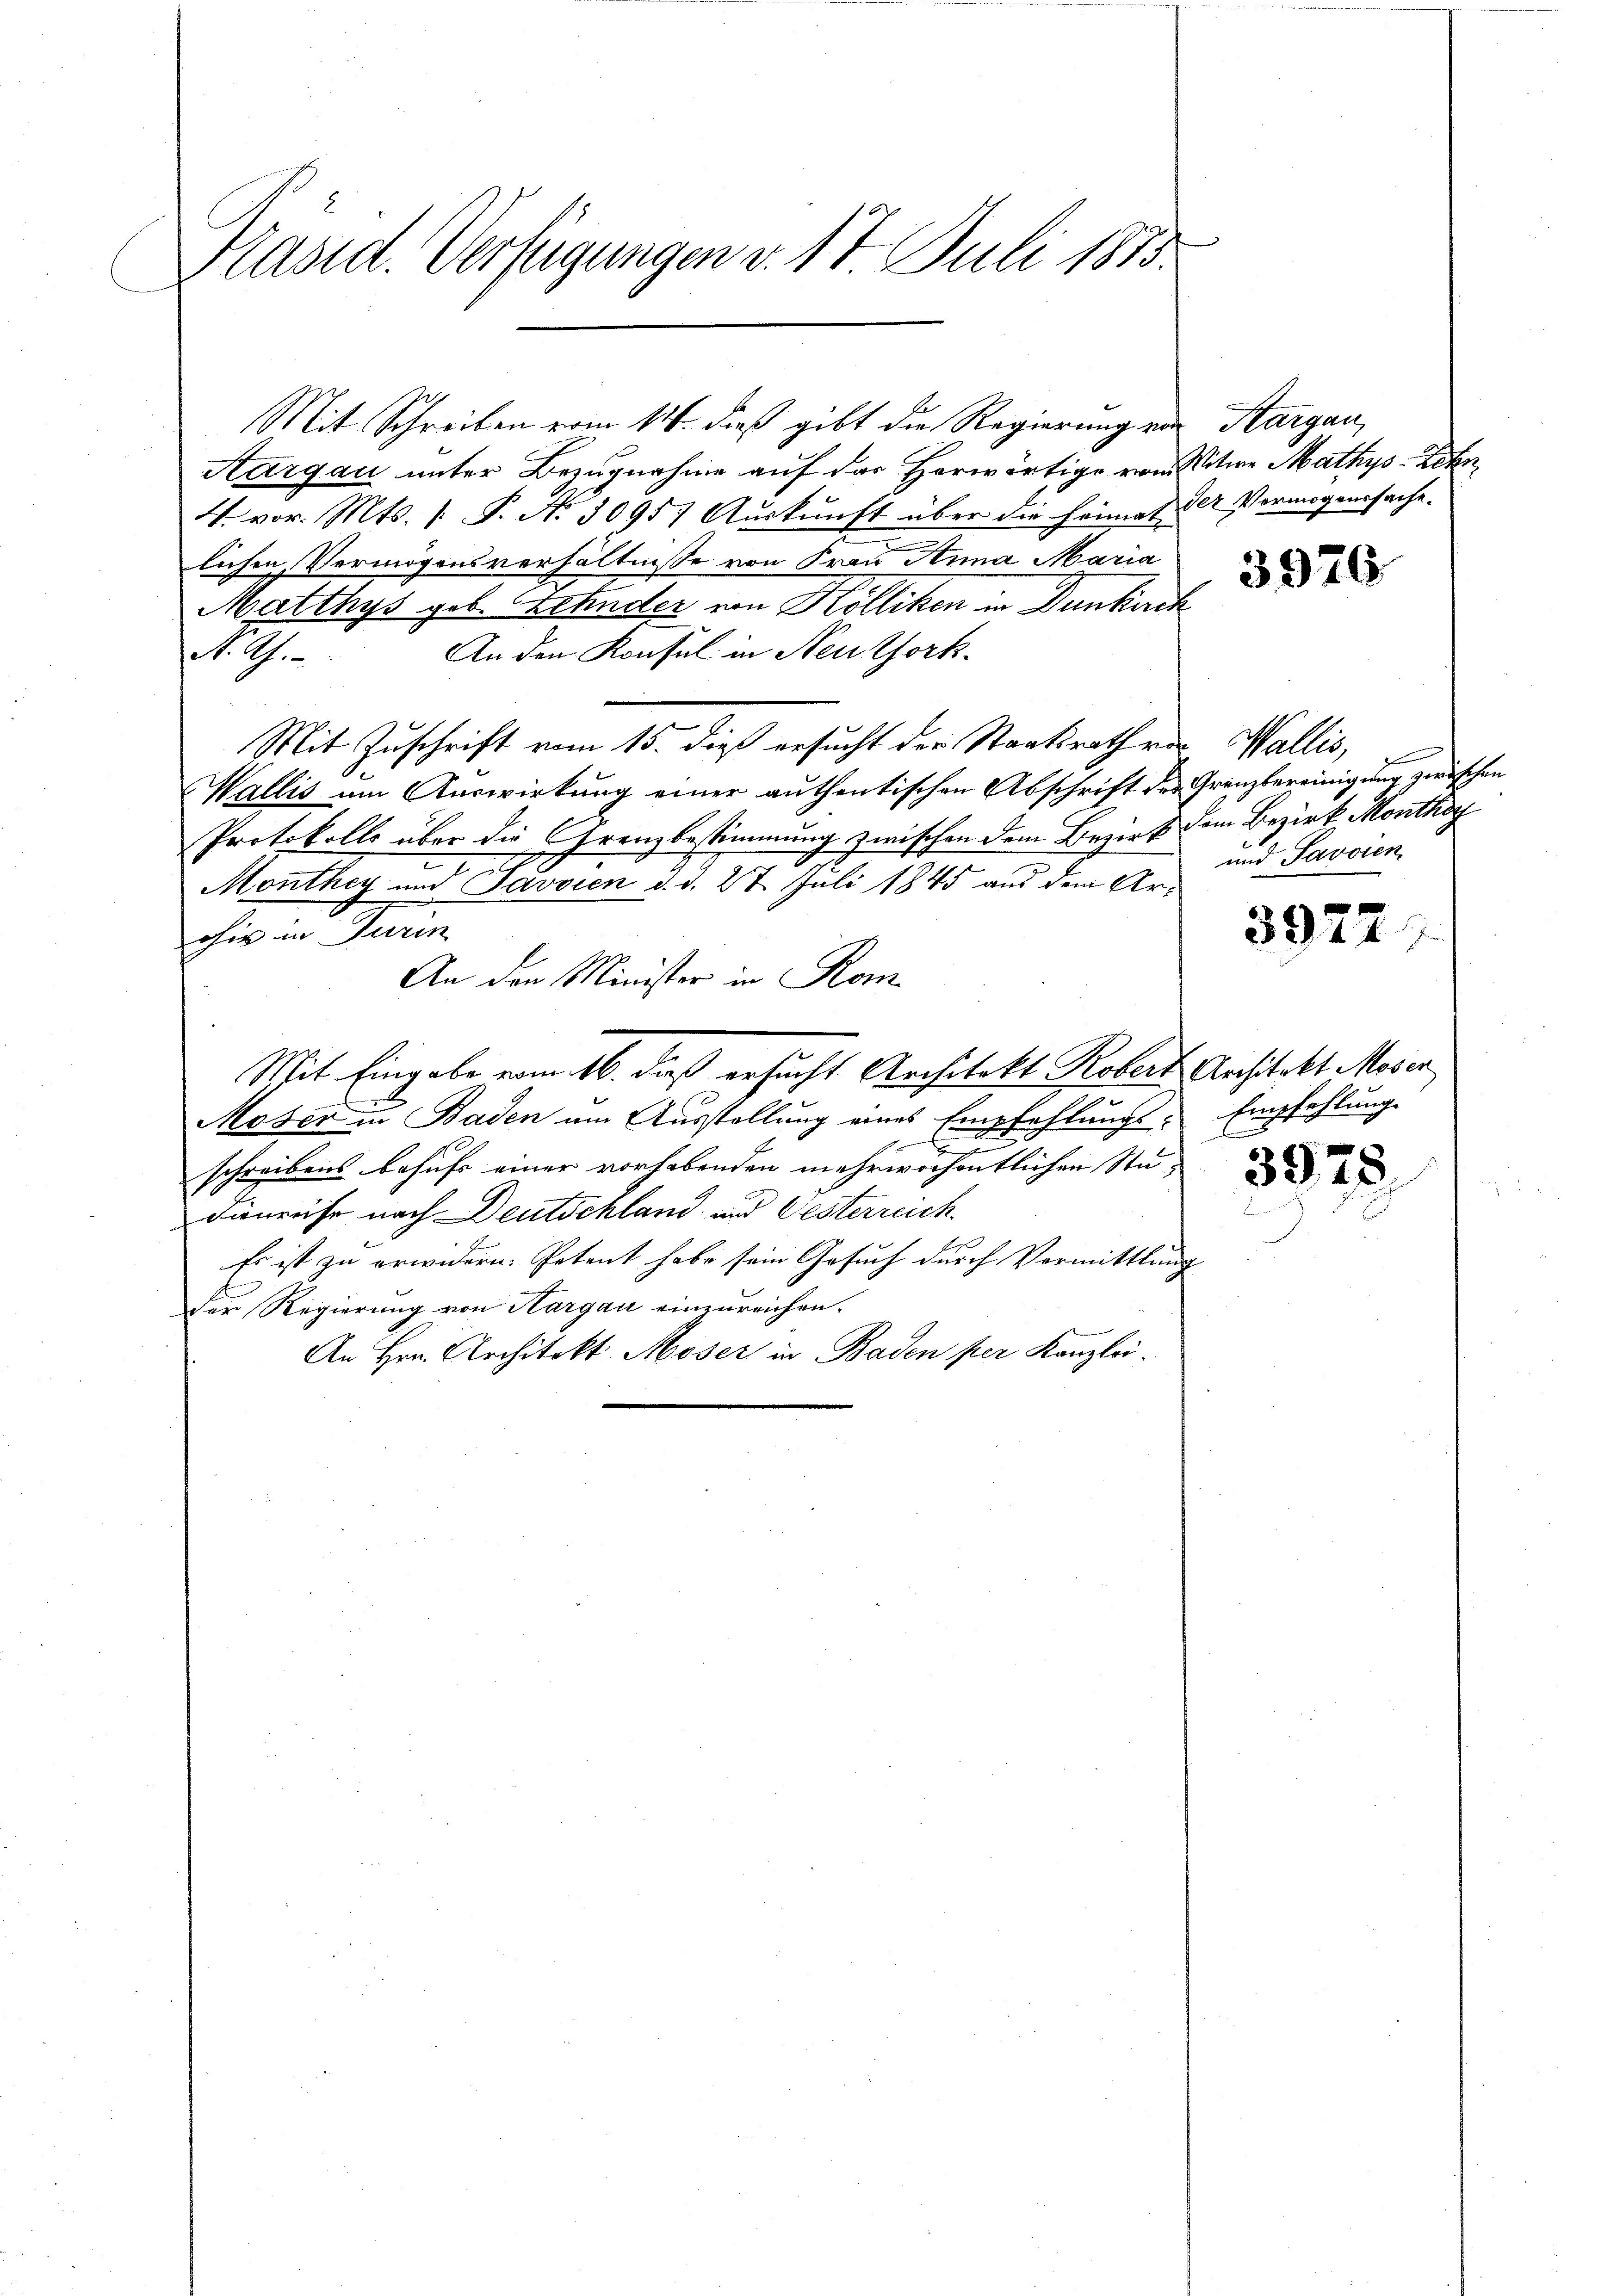
Präsid. Verfügungen v. 17. Juli 1813.

Aargau unter Bezugnahme auf der Herwärtige von Witwe Mathys Eden¬
V. vor. Mts. /: P. Nr. 30957 Auskunft über die Heimat der Vermögenssache.
lichen Vermögensverhältnisse von Frau Anna Maria
Matthys geb. Behinder von Kölliken in Dunkirch
An den Konsul in Neuthork
N. Ah.
Mit Zuschrift vom 15. dieß ersucht der Staatsrath von Wallis,
Wallis um Auswirkung einer authentischen Abschrift des Grenzbereinigung zwischen
Protokolls über die Grenzbestimmung zwischen dem Bezirk dem Bezirk Monthey
.
Monthey und Javvien d. d. 27 Juli 1845 aus dem Arohin in Turin
An den Minister in Rom.
Mit Eingabe vom 16. dieß ersucht Architekt Robert Ansitekt Moser
Moser in Baden um Ausstellung eines Empfehlungs-
2
n
schreibens behufs einer vorhabenden mehrwochentlichen Studienruhe nach Deutschland und Gesterreich
Es ist zu erwidern. Petent habe sein Gesuch durch Vormittlung
Der Regierung von Hargau einzureichen.
An Hrn. Architekt Moser in Baden per Kanzlei.

Mit Schreiben vom 14. dieß gibt die Regierung von Aargau,

3976

d
und Javoien

3972

Empfehlung.
B

3975